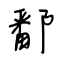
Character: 鄱